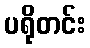
ပရိုတင်း